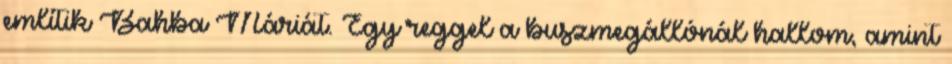
említik Bahba Máriát. Egy reggel a buszmegállónál hallom, amint